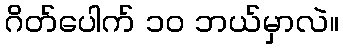
ဂိတ်ပေါက် ၁၀ ဘယ်မှာလဲ။